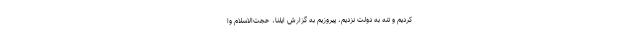
کردیم و تنه به دولت نزدیم، پیروزیم به گزارش ایلنا، حجت‌الاسلام وا